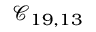
\mathcal { C } _ { 1 9 , 1 3 }